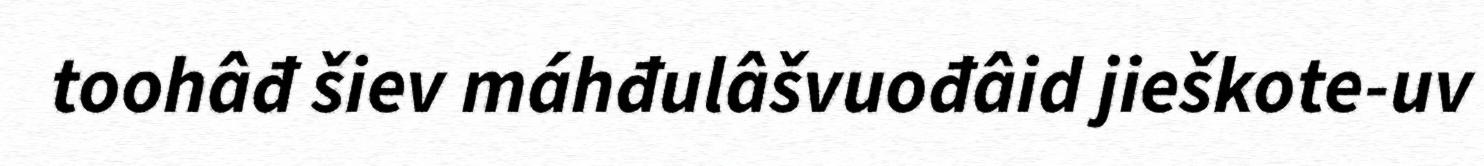
toohâđ šiev máhđulâšvuođâid jieškote-uv